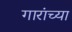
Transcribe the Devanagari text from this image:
गारांच्या